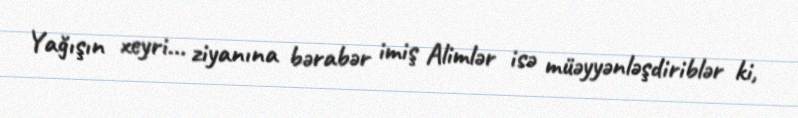
Yağışın xeyri... ziyanına bərabər imiş Alimlər isə müəyyənləşdiriblər ki,